Source: Handwritten
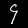
Digit: ၄ (4)